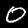
Label: 0